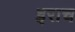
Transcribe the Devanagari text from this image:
इराच